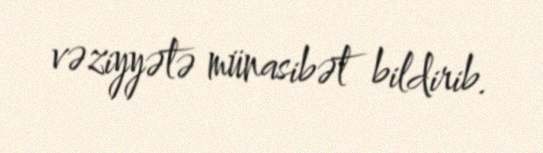
vəziyyətə münasibət bildirib.